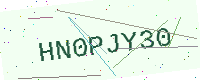
Text: HN0PJY30